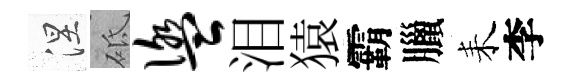
涅砥盥泪猿霸臘耒李